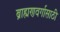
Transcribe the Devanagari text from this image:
ब्राह्मणवर्गासाठी